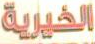
الخيرية